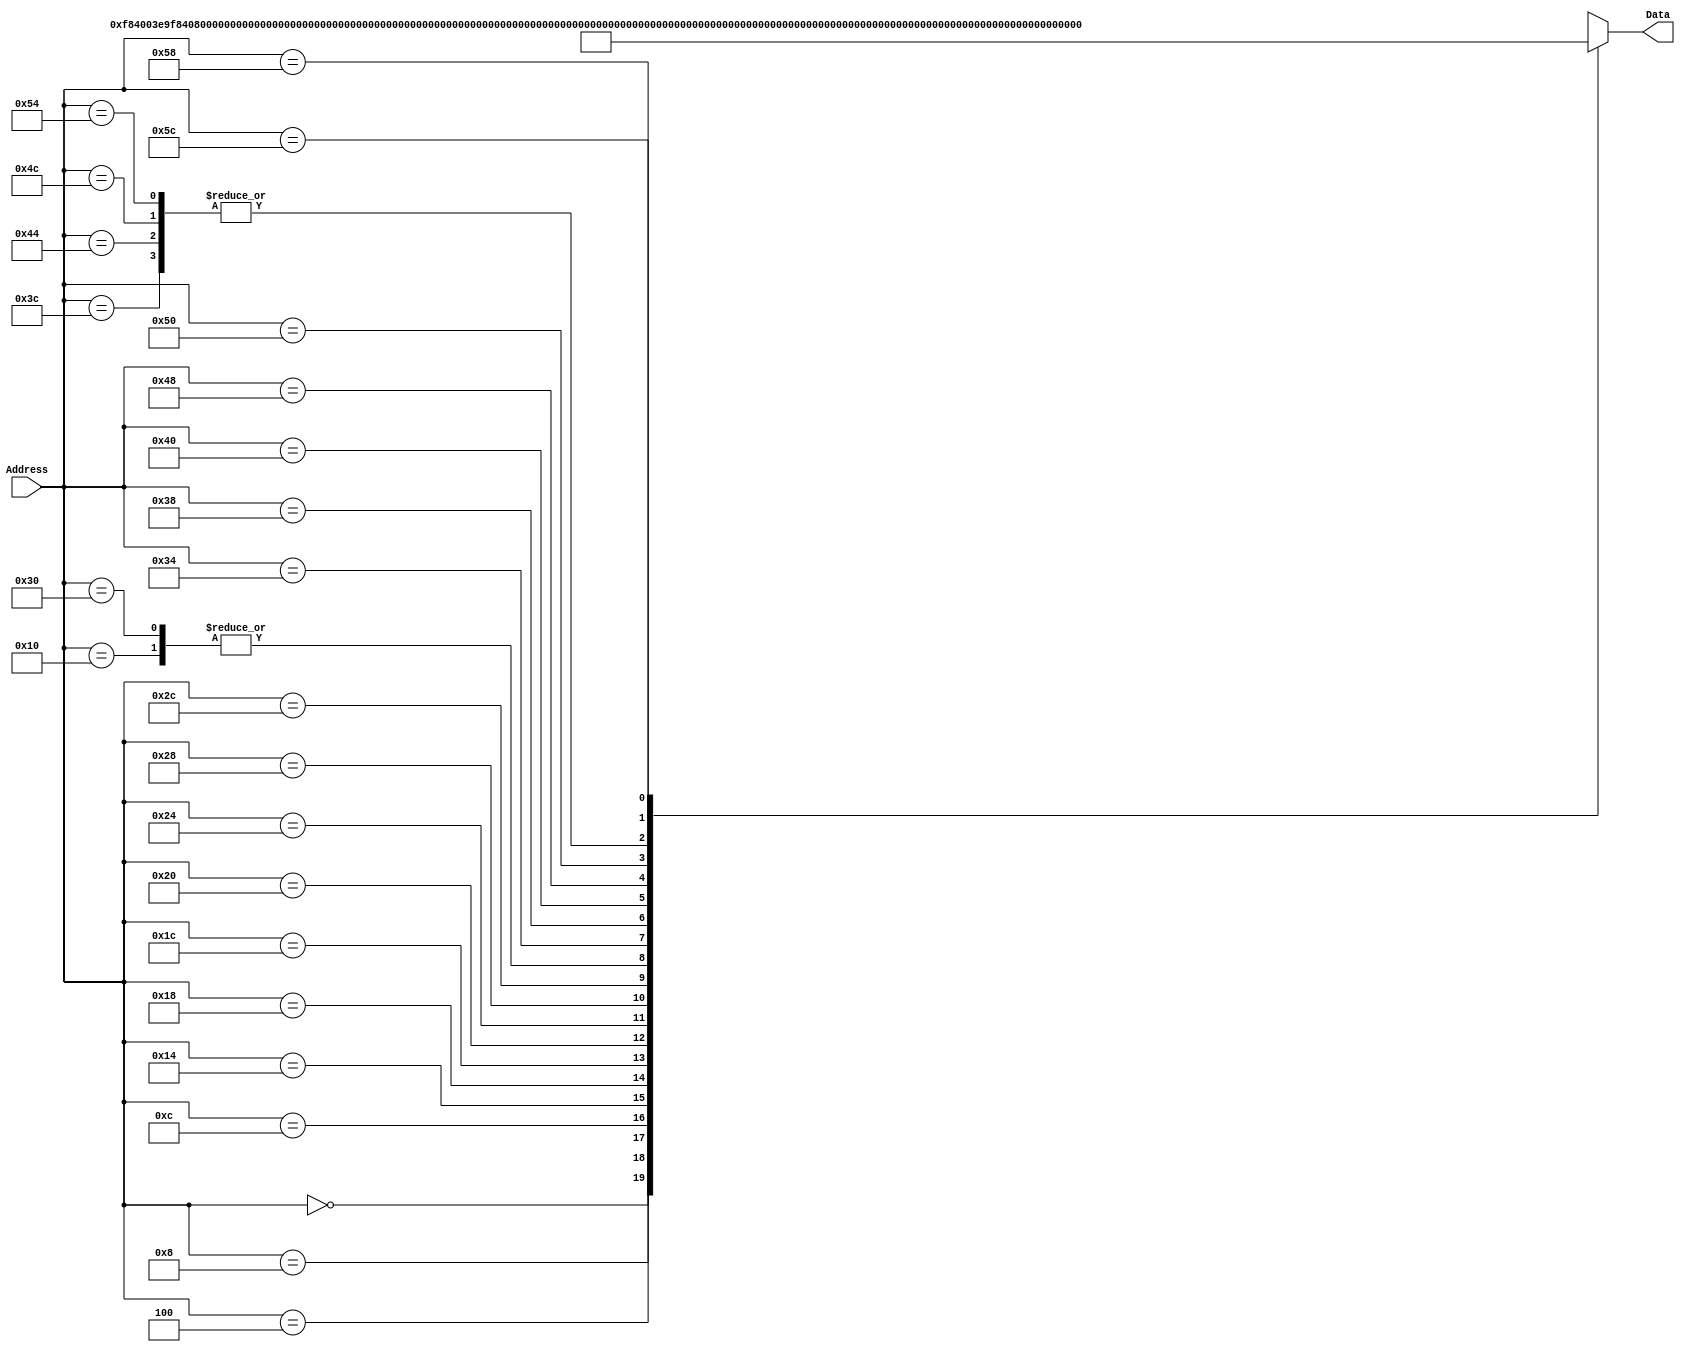
`timescale 1ns / 1ps
/*
 * Module: InstructionMemory
 *
 * Implements read-only instruction memory
 * 
 */
module InstructionMemory(Data, Address);
   parameter T_rd = 20;
   parameter MemSize = 40;
   
   output [31:0] Data;
   input [63:0]  Address;
   reg [31:0] 	 Data;
   
   /*
    * ECEN 350 Processor Test Functions
    * Texas A&M University
    */
   
   always @ (Address) begin

      case(Address)

	/* Test Program 1:
	 * Program loads constants from the data memory. Uses these constants to test
	 * the following instructions: LDUR, ORR, AND, CBZ, ADD, SUB, STUR and B.
	 * 
	 * Assembly code for test:
	 * 
	 * 0: LDUR X9, [XZR, 0x0]    //Load 1 into x9
	 * 4: LDUR X10, [XZR, 0x8]   //Load a into x10
	 * 8: LDUR X11, [XZR, 0x10]  //Load 5 into x11
	 * C: LDUR X12, [XZR, 0x18]  //Load big constant into x12
	 * 10: LDUR X13, [XZR, 0x20]  //load a 0 into X13
	 * 
	 * 14: ORR X10, X10, X11  //Create mask of 0xf
	 * 18: AND X12, X12, X10  //Mask off low order bits of big constant
	 * 
	 * loop:
	 * 1C: CBZ X12, end  //while X12 is not 0
	 * 20: ADD X13, X13, X9  //Increment counter in X13
	 * 24: SUB X12, X12, X9  //Decrement remainder of big constant in X12
	 * 28: B loop  //Repeat till X12 is 0
	 * 2C: STUR X13, [XZR, 0x20]  //store back the counter value into the memory location 0x20
	 */
	

	63'h000: Data = 32'hF84003E9;
	63'h004: Data = 32'hF84083EA;
	63'h008: Data = 32'hF84103EB;
	63'h00c: Data = 32'hF84183EC;
	63'h010: Data = 32'hF84203ED;
	63'h014: Data = 32'hAA0B014A;
	63'h018: Data = 32'h8A0A018C;
	63'h01c: Data = 32'hB400008C;
	63'h020: Data = 32'h8B0901AD;
	63'h024: Data = 32'hCB09018C;
	63'h028: Data = 32'h17FFFFFD;
	63'h02c: Data = 32'hF80203ED;
	63'h030: Data = 32'hF84203ED;  //One last load to place stored value on memdbus for test checking.

	/* Add code for your tests here */
	/* Test Program 2:
	* 34: ADD X9, XZR, XZR
	* 38: MOVZ X14, 0xDEF0, LSL 0 // X14 = regA
	* 3C: ADD X9, X14, X9
	* 40: MOVZ X14, 0x9ABC, LSL 16
	* 44: ADD X9, X14, X9
	* 48: MOVZ X14, 0x5678, LSL 32
	* 4C: ADD X9, X14, X9
	* 50: MOVZ X14, 0x1234, LSL 48
	* 54: ADD X9, X14, X9
	* 58: STUR X9, [XZR, 0x28]
	* 5C: LDUR X10, [XZR, 0x28]
	*/
	
	63'h034: Data = 32'h8B1F03E9;
	63'h038: Data = 32'hD29BDE0E;
	63'h03C: Data = 32'h8B0901C9;
	63'h040: Data = 32'hD2B3578E;
	63'h044: Data = 32'h8B0901C9;
	63'h048: Data = 32'hD2CACF0E;
	63'h04C: Data = 32'h8B0901C9;
	63'h050: Data = 32'hD2E2468E;
	63'h054: Data = 32'h8B0901C9;
	63'h058: Data = 32'hF80283E9;
	63'h05C: Data = 32'hF84283EA;
	
	default: Data = 32'hXXXXXXXX;
      endcase
   end
endmodule